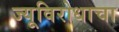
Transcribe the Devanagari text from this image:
ज्यूविरोधाचा